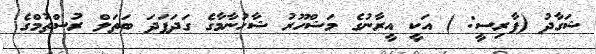
ޝަގާދު (ފާރިސީ: ) އަކީ އީރާނުގެ މަޝްހޫރު ޝާހުނާމާގެ ގަދަފަދަ ބަތަލް ރުސްތުމްގެ